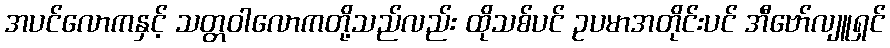
အပင်လောကနှင့် သတ္တဝါလောကတို့သည်လည်း ထိုသစ်ပင် ဥပမာအတိုင်းပင် အီဗော်လျူရှင်